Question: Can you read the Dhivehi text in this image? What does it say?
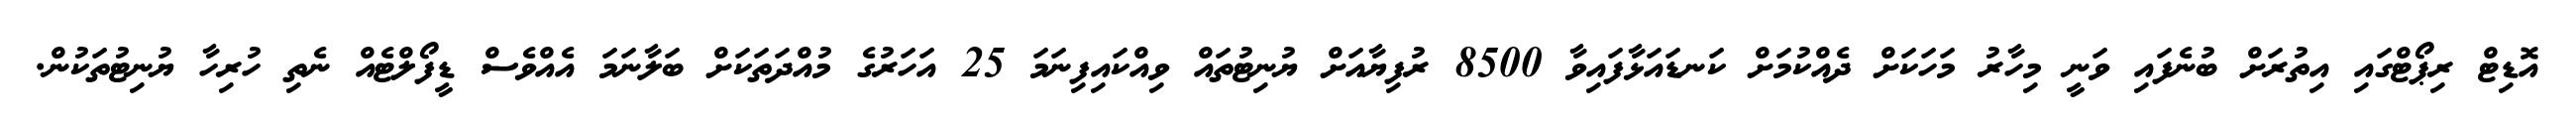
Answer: އޮޑިޓް ރިޕޯޓްގައި އިތުރަށް ބުނެފައި ވަނީ މިހާރު މަހަކަށް ދެއްކުމަށް ކަނޑައަޅާފައިވާ 8500 ރުފިޔާއަށް ޔުނިޓުތައް ވިއްކައިފިނަމަ 25 އަހަރުގެ މުއްދަތަކަށް ބަލާނަމަ އެއްވެސް ޑީފޯލްޓެއް ނެތި ހުރިހާ ޔުނިޓުތަކުން.